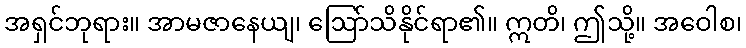
အရှင်ဘုရား။ အာမဇာနေယျ၊ ဩော်သိနိုင်ရာ၏။ ဣတိ၊ ဤသို့။ အဝေါစ၊